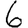
Digit: 6